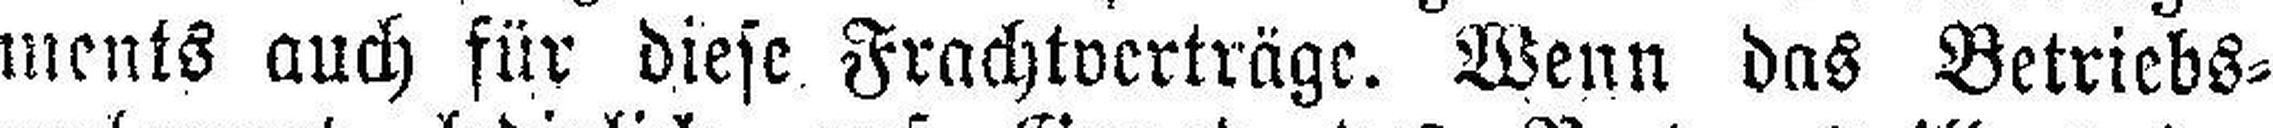
ments auch für diese Frachtverträge. Wenn das Betriebs¬